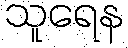
သူရေန